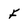
Character: F